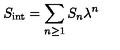
S _ { \mathrm { i n t } } = \sum _ { n \ge 1 } S _ { n } \lambda ^ { n }